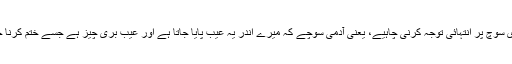
دوسری سوچ پر انتہائی توجہ کرنی چاہیے، یعنی آدمی سوچے کہ میرے اندر یہ عیب پایا جاتا ہے اور عیب بری چیز ہے جسے ختم کرنا چاہیے۔